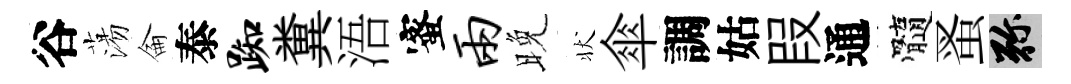
谷蕩侖泰踟糞浯蜜两晚状傘調姑叚通髓蚤弥